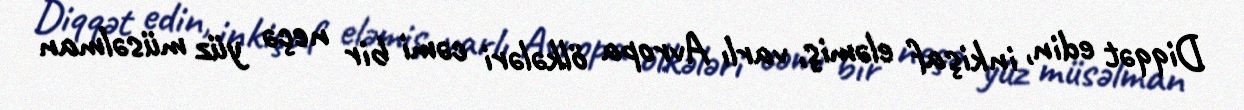
Diqqət edin, inkişaf eləmiş, varlı Avropa ölkələri cəmi bir neçə yüz müsəlman